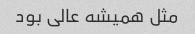
مثل همیشه عالی بود